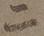
二